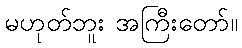
မဟုတ်ဘူး အကြီးတော်။